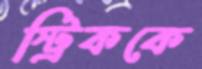
স্ট্রিককে